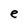
Character: e